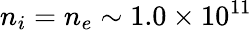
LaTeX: n_{i}=n_{e}\sim 1.0\times 10^{11}